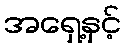
အရှေ့နှင့်